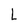
Character: L